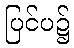
ပြင်ပ၌